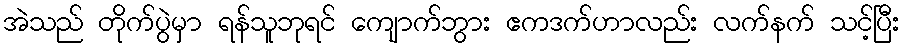
အဲသည် တိုက်ပွဲမှာ ရန်သူဘုရင် ကျောက်ဘွား ဧကဒက်ဟာလည်း လက်နက် သင့်ပြီး